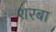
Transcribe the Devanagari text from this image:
शरबा